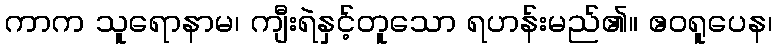
ကာက သူရောနာမ၊ ကျီးရဲနှင့်တူသော ရဟန်းမည်၏။ ဧဝရူပေန၊